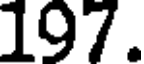
197.